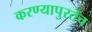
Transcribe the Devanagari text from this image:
करण्यापुरतेच